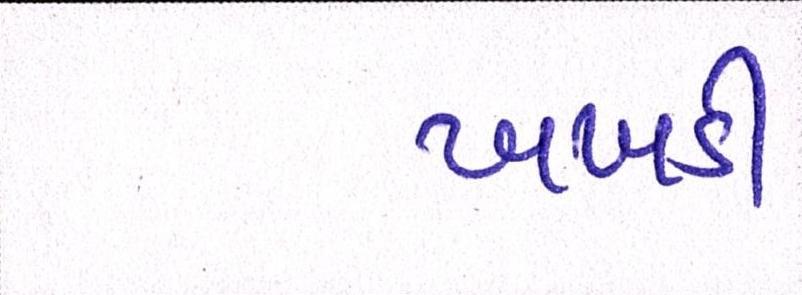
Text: ખખડી